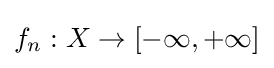
f_{n}:X\to [-\infty ,+\infty ]